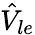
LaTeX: \hat{V}_{le}